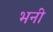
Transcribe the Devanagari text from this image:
भनी